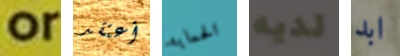
or أعتقد الحمايه لديه ابد